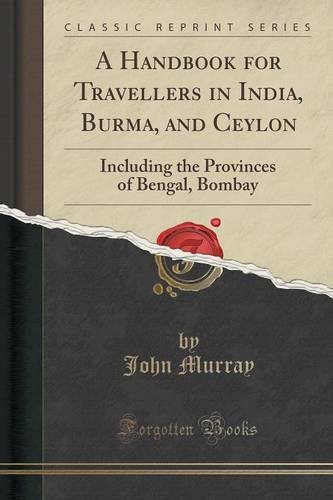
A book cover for A Handbook for Travellers in India, Burma, and Ceylon: Including the Provinces of Bengal, Bombay (Classic Reprint); John Murray; Travel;